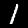
Label: 1